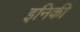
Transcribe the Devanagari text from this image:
इनिकी